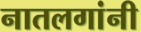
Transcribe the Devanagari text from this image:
नातलगांनी